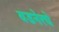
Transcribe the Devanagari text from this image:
वडनेरचे